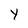
Character: Y